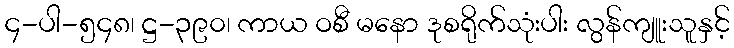
၄-ပါ-၅၄၈၊ ဋ္ဌ-၃၉၀၊ ကာယ ဝစီ မနော ဒုစရိုက်သုံးပါး လွန်ကျူးသူနှင့်